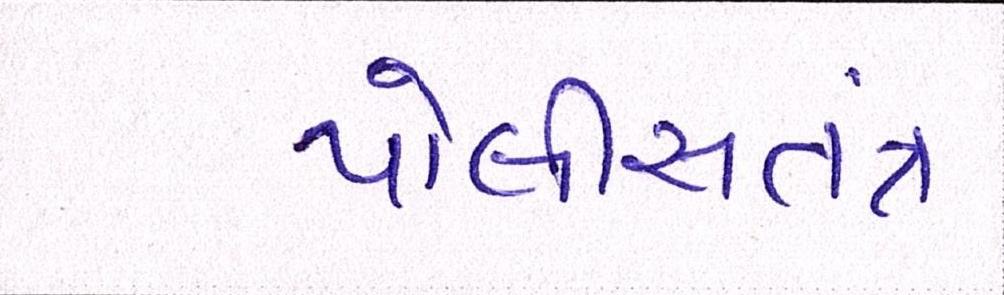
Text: પોલીસતત્રં